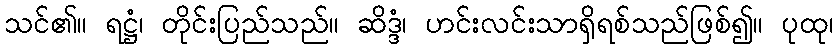
သင်၏။ ရဋ္ဌံ၊ တိုင်းပြည်သည်။ ဆိဒ္ဒံ၊ ဟင်းလင်းသာရှိရစ်သည်ဖြစ်၍။ ပုထု၊